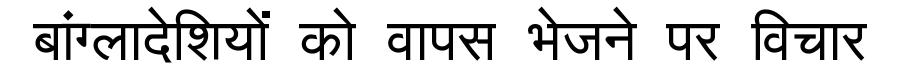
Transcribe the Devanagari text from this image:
बांग्लादेशियों को वापस भेजने पर विचार